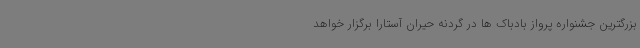
بزرگترین جشنواره پرواز بادباک ها در گردنه حیران آستارا برگزار خواهد